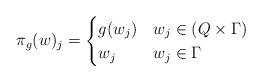
LaTeX: \begin{align*} \pi_g(w)_j = \begin{cases} g(w_j) & w_j \in (Q \times \Gamma) \\ w_j & w_j \in \Gamma \end{cases}\end{align*}